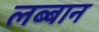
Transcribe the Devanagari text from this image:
लब्बान